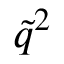
\tilde { q } ^ { 2 }